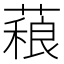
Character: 𰱻